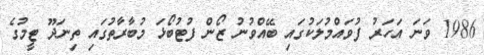
1986 ވަނަ އަހަރު ފުވައްމުލަކުގައި ބޭއްވުނު ޒޯން ފުޓުބޯޅަ މުބާރާތުގައި ތިނަދޫ ޓީމުގެ